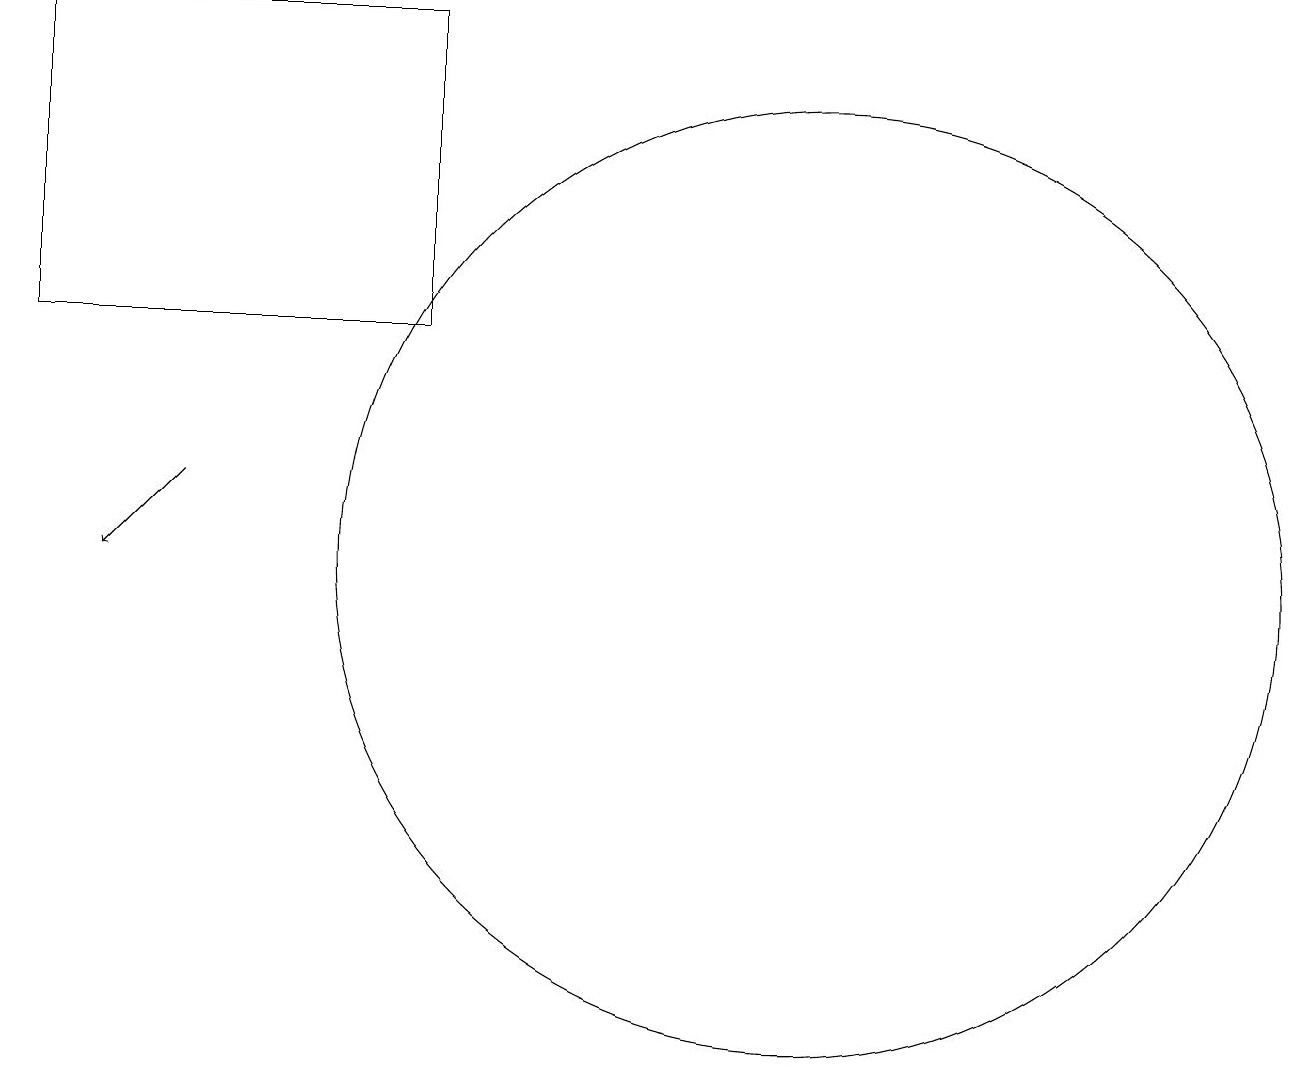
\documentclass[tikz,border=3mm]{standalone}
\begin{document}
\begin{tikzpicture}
\draw (1,19) rectangle (6,15);
\draw[->] (3,13) -- (2,12);
\draw (11,12) circle (6);
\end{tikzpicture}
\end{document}